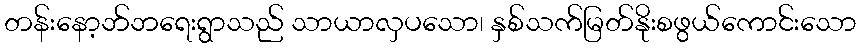
တန်းနော့ဘ်ဘရေးရွာသည် သာယာလှပသော၊ နှစ်သက်မြတ်နိုးစဖွယ်ကောင်းသော